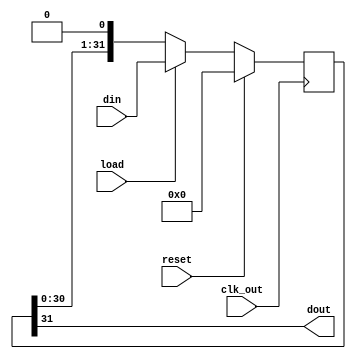
module parallel_in_serial_out ( din,clk_out ,reset ,load ,dout);
output dout; // output of piso(spits out the MSB every one tcclock pulse)
//output reg flag ;
wire dout;
input [31:0] din ; // 32 bit input to the piso
input clk_out ; // tcclock
input reset ; // global reset
input load ; // internally generated signal in the top module slv_reg
reg [31:0]temp; // temporary reg where data is stored and serially sent out every clock pulse

assign dout = temp[31];
always @ (posedge (clk_out)) begin
if (reset)
    temp <= 0;
else if (load)
    temp <= din; // temp is loaded only when load signal is high
else begin
    temp <= {temp[30:0],1'b0}; //every time 0 is append from the back
end
end
endmodule